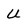
Character: u